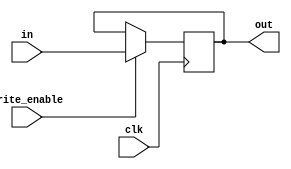
/*******************************
* File: Write-Enabled Register *
* Project: Permission Read     *
*******************************/

module write_enabled_register(clk,write_enable,in,out);

	parameter width = 8;
	
	input clk, write_enable;
	input [width-1:0] in;
	output [width-1:0] out;
	reg [width-1:0] data;
	
	assign out=data;

	always@(posedge clk)
	begin
		if (write_enable) data=in;
	end
endmodule